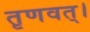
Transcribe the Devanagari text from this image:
तृणवत्।